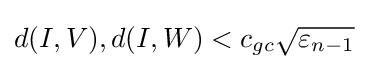
d(I,V),d(I,W)<c_{gc}{\sqrt {\varepsilon _{n-1}}}